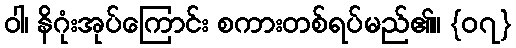
ဝါ၊ နိဂုံးအုပ်ကြောင်း စကားတစ်ရပ်မည်၏။ {၀၇}